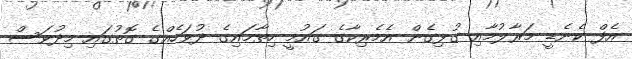
އެފް ކެނެޑީ މަރާލުމާއި ގުޅިގެން އެމެރިކާގެ ގައުމީ ހިތާމައިގެ ދުވަހެއްގެ ގޮތުގައި މިދުވަސް